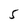
Character: 5